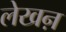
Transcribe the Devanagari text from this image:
लेखऩ